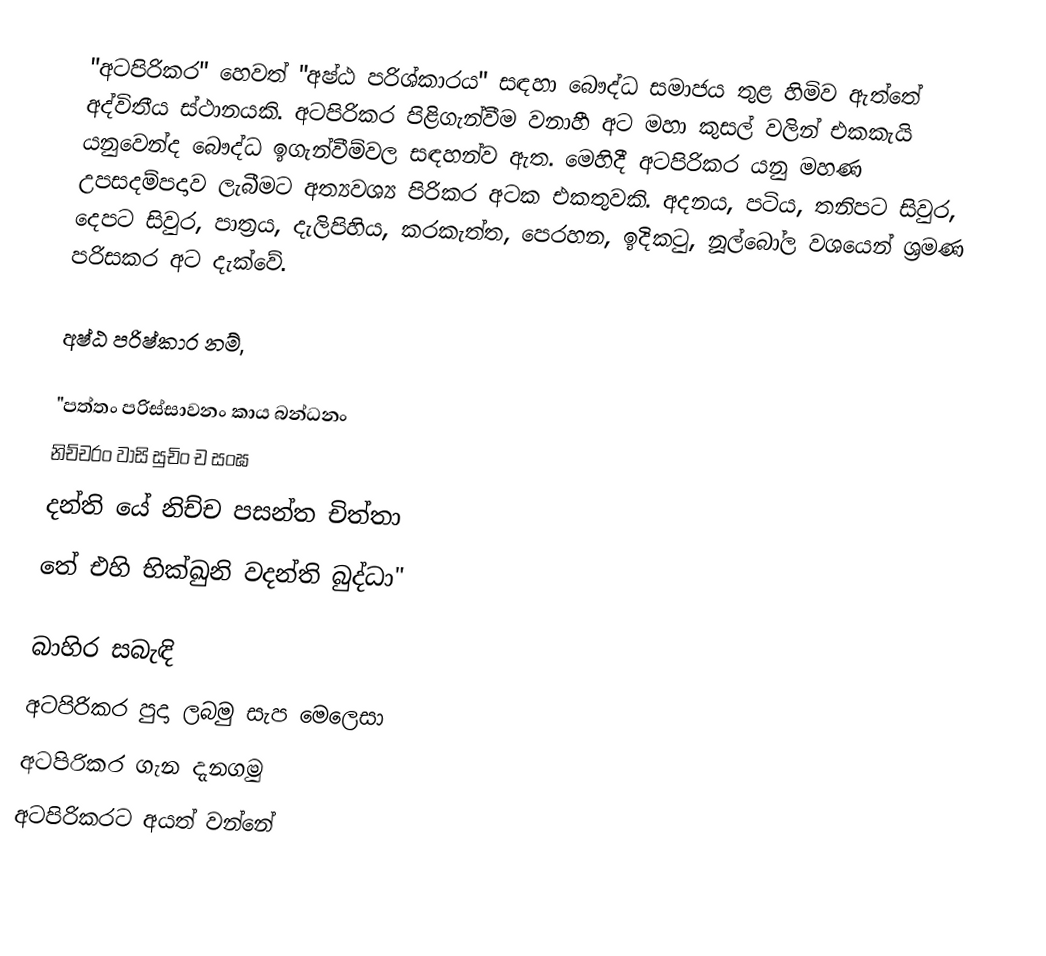
"අටපිරිකර" හෙවත් "අෂ්ඨ පරිශ්කාරය" සඳහා බෞද්ධ සමාජය තුළ හිමිව ඇත්තේ අද්විතීය ස්‌ථානයකි. අටපිරිකර පිළිගැන්වීම වනාහී අට මහා කුසල් වලින් එකකැයි යනුවෙන්ද බෞද්ධ ඉගැන්වීම්වල සඳහන්ව ඇත. මෙහිදී අටපිරිකර යනු මහණ උපසදම්පදාව ලැබීමට අත්‍යවශ්‍ය පිරිකර අටක එකතුවකි. අදනය, පටිය, තනිපට සිවුර, දෙපට සිවුර, පාත්‍රය, දැලිපිහිය, කරකැත්ත, පෙරහන, ඉදිකටු, නූල්බෝල වශයෙන් ශ්‍රමණ පරිසකර අට දැක්වේ.

අෂ්ඨ පරිෂ්කාර නම්,

"පත්තං පරිස්සාවනං කාය බන්ධනං
නිච්චරං වාසි සුචිං ච සංඝ
දන්ති යේ නිච්ච පසන්ත චිත්තා
තේ එහි භික්‍ඛුනි වදන්ති බුද්ධා"

බාහිර සබැඳි
අටපිරිකර පුදා ලබමු සැප මෙලෙසා
අටපිරිකර ගැන දැනගමු
 අටපිරිකරට අයත් වන්නේ